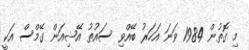
މި ގޮތުން 1984 ވަނަ އަހަރު ބޭއްވި ސައުތު އޭޝިއަން ގޭމްސް އަކީ